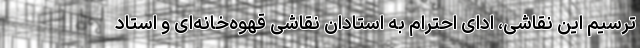
ترسیم این نقاشی، ادای احترام به استادان نقاشی قهوه‌خانه‌ای و استاد